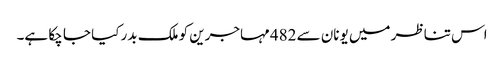
اس تناظر میں یونان سے 482 مہاجرین کو ملک بدر کیا جا چکا ہے۔